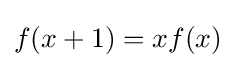
f(x+1)=xf(x)